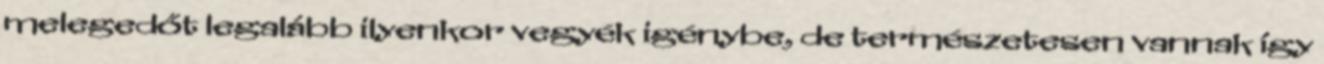
melegedőt legalább ilyenkor vegyék igénybe, de természetesen vannak így